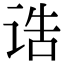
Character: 诰